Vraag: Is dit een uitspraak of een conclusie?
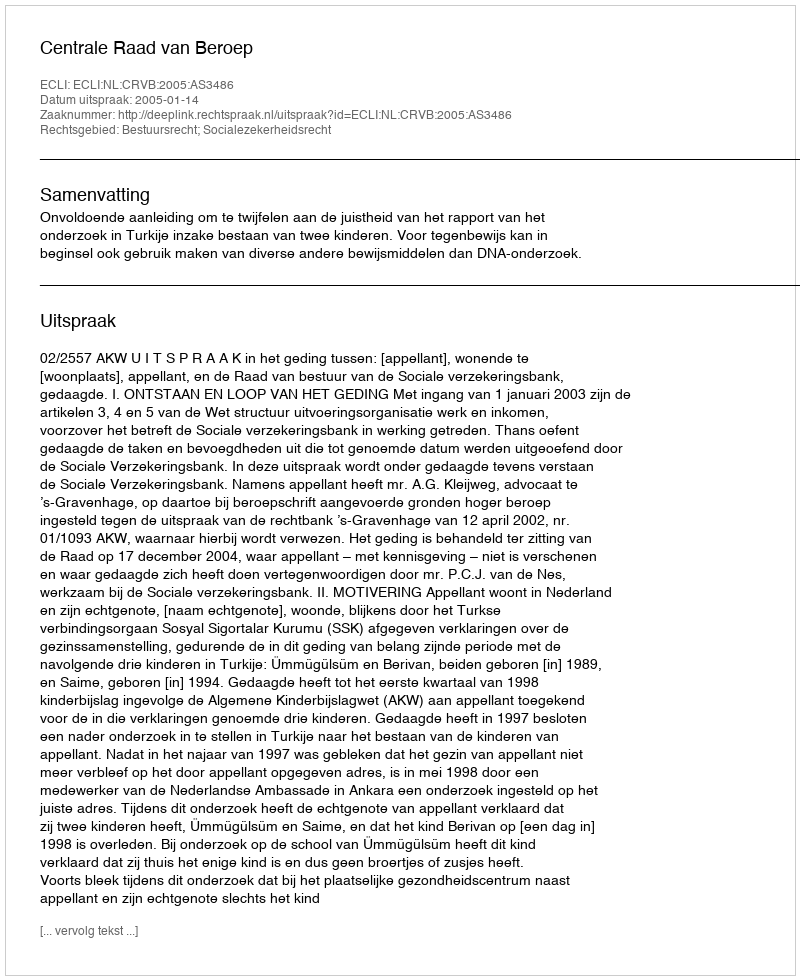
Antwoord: Uitspraak